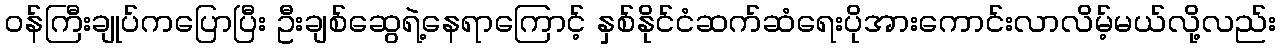
ဝန်ကြီးချုပ်ကပြောပြီး ဦးချစ်ဆွေရဲ့နေရာကြောင့် နှစ်နိုင်ငံဆက်ဆံရေးပိုအားကောင်းလာလိမ့်မယ်လို့လည်း